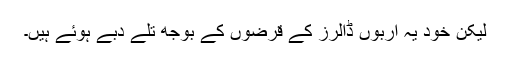
لیکن خود یہ اربوں ڈالرز کے قرضوں کے بوجھ تلے دبے ہوئے ہیں۔